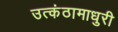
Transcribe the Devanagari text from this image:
उत्कंठामाधुरी